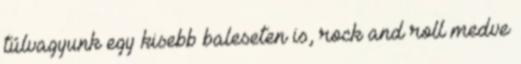
túlvagyunk egy kisebb baleseten is, rock and roll medve